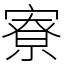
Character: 寮